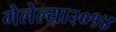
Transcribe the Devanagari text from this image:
गेलेल्या२०१४